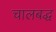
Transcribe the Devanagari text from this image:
चालबद्ध